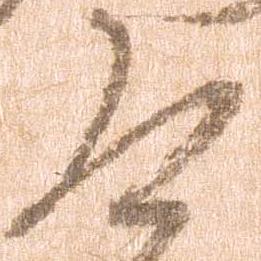
道